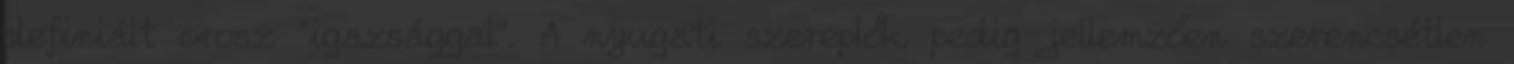
definiált orosz "igazsággal". A nyugati szereplők pedig jellemzően szerencsétlen